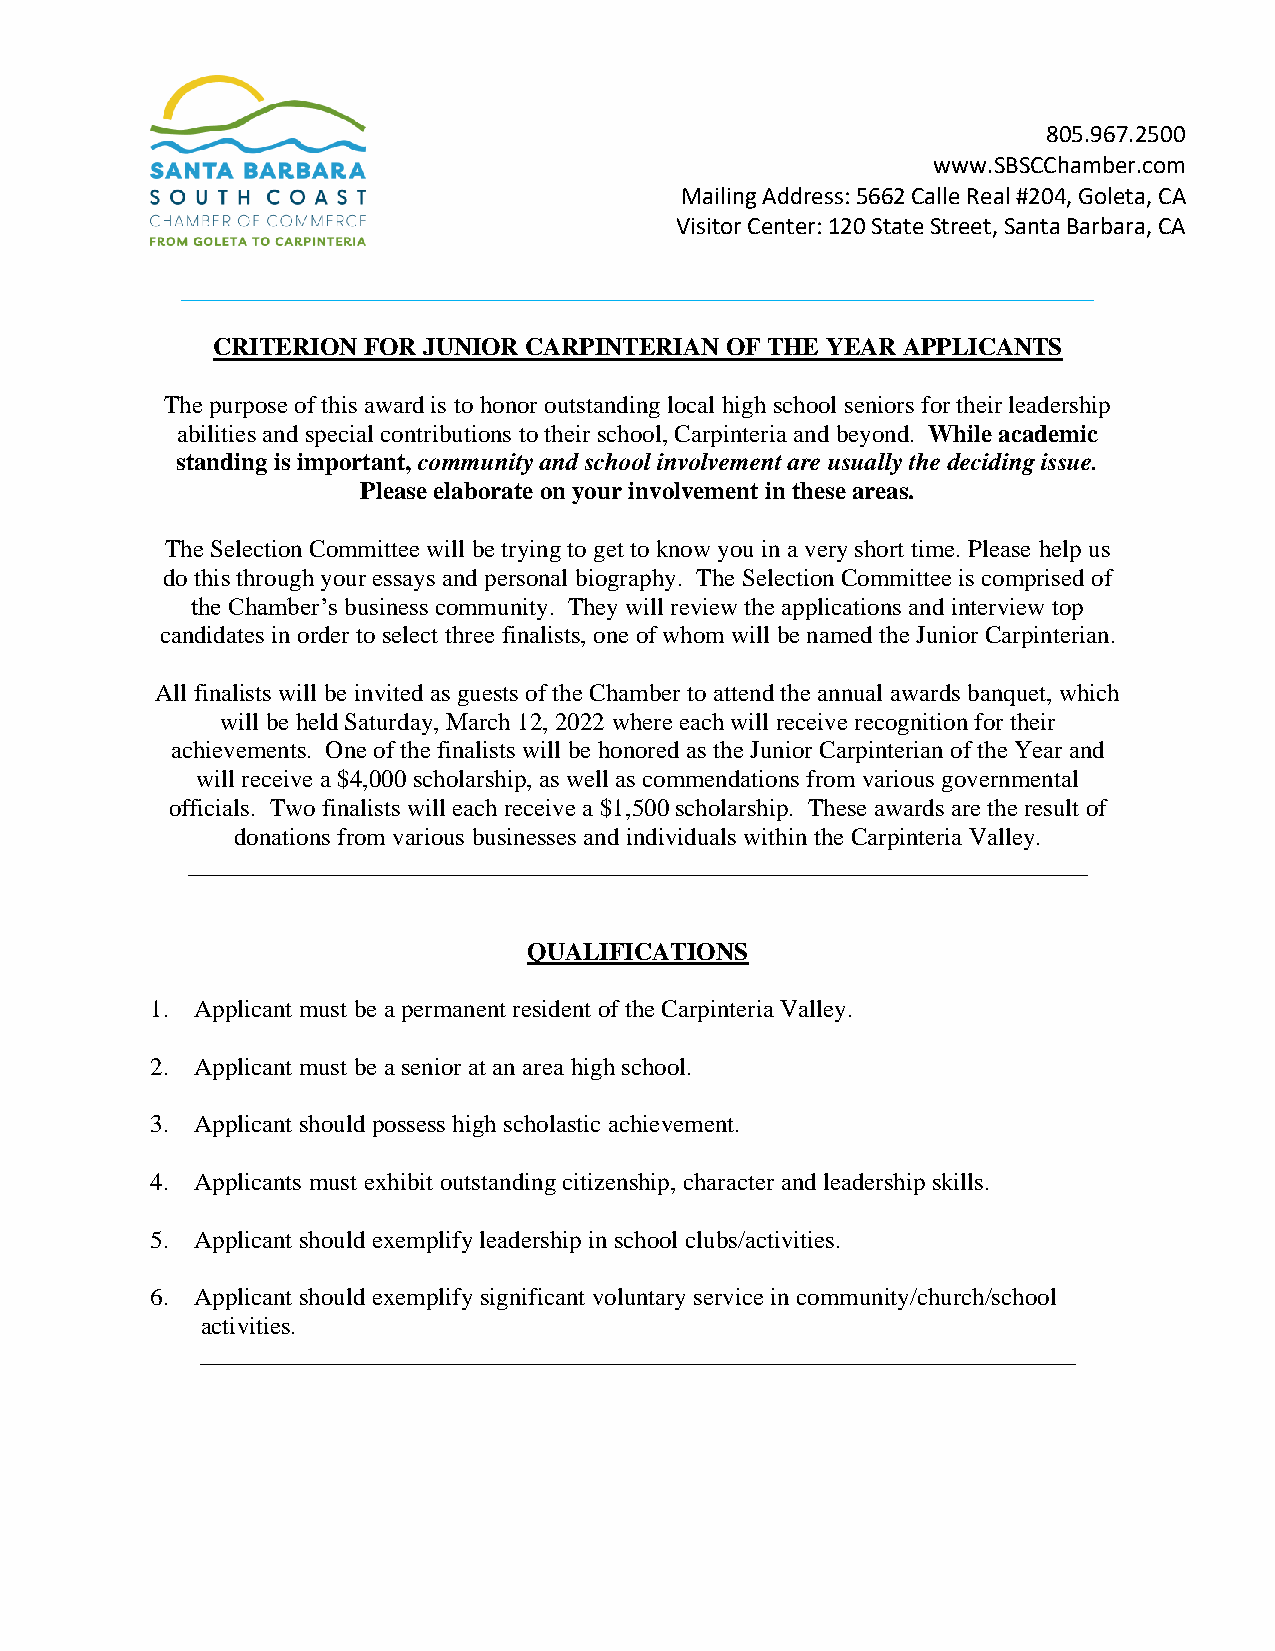
805.967.2500
 www.SBSCChamber.com
 Mailing Address: 5662 Calle Real #204, Goleta, CA
 Visitor Center: 120 State Street, Santa Barbara, CA
 _________________________________________________________________________
 CRITERION FOR JUNIOR CARPINTERIAN OF THE YEAR APPLICANTS
 The purpose of this award is to honor outstanding local high school seniors for their leadership
 abilities and special contributions to their school, Carpinteria and beyond. While academic
 standing is important, community and school involvement are usually the deciding issue.
 Please elaborate on your involvement in these areas.
 The Selection Committee will be trying to get to know you in a very short time. Please help us
 do this through your essays and personal biography. The Selection Committee is comprised of
 the Chamber’s business community. They will review the applications and interview top
 candidates in order to select three finalists, one of whom will be named the Junior Carpinterian.
 All finalists will be invited as guests of the Chamber to attend the annual awards banquet, which
 will be held Saturday, March 12, 2022 where each will receive recognition for their
 achievements. One of the finalists will be honored as the Junior Carpinterian of the Year and
 will receive a $4,000 scholarship, as well as commendations from various governmental
 officials. Two finalists will each receive a $1,500 scholarship. These awards are the result of
 donations from various businesses and individuals within the Carpinteria Valley.
 ________________________________________________________________________
 QUALIFICATIONS
 1. Applicant must be a permanent resident of the Carpinteria Valley.
 2. Applicant must be a senior at an area high school.
 3. Applicant should possess high scholastic achievement.
 4. Applicants must exhibit outstanding citizenship, character and leadership skills.
 5. Applicant should exemplify leadership in school clubs/activities.
 6. Applicant should exemplify significant voluntary service in community/church/school
 activities.
 ______________________________________________________________________